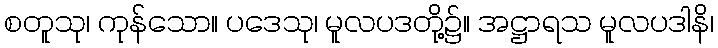
စတူသု၊ ကုန်သော။ ပဒေသု၊ မူလပဒတို့၌။ အဋ္ဌာရသ မူလပဒါနိ၊